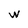
Character: w